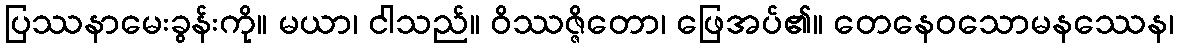
ပြဿနာမေးခွန်းကို။ မယာ၊ ငါသည်။ ဝိဿဇ္ဇိတော၊ ဖြေအပ်၏။ တေနေဝသောမနဿေန၊